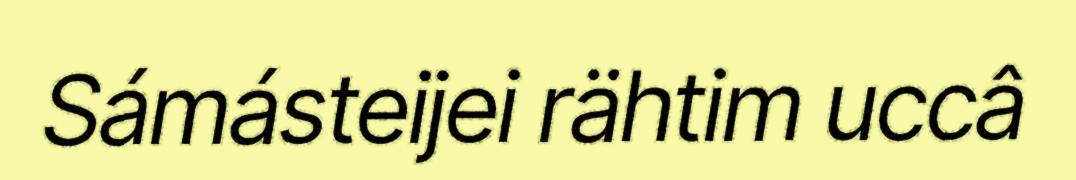
Sámásteijei rähtim uccâ